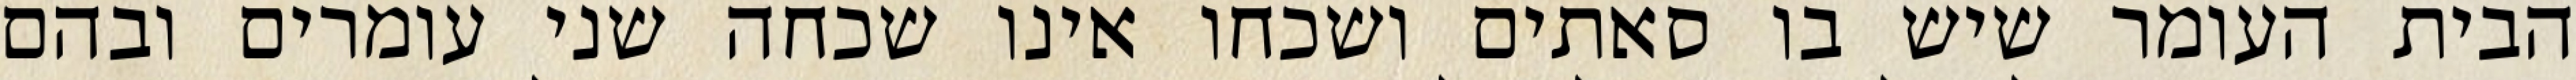
הבית העומר שיש בו סאתים ושכחו אינו שכחה שני עומרים ובהם